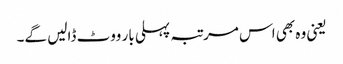
یعنی وہ بھی اس مرتبہ پہلی بار ووٹ ڈالیں گے۔